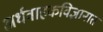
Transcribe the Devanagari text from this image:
अर्धवाहकविज्ञानात